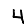
Digit: 4